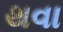
થવા